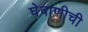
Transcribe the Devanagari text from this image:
घेवाणीची